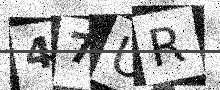
Text: 47UR